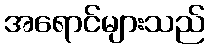
အရောင်များသည်